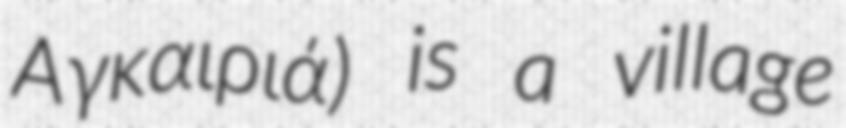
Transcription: Αγκαιριά) is a village